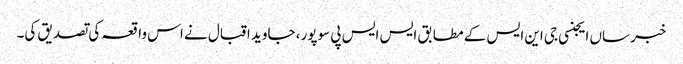
خبر ساں ایجنسی جی این ایس کے مطابق ایس ایس پی سوپور، جاوید اقبال نے اس واقعہ کی تصدیق کی۔